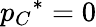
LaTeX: {p_{C}}^{*}=0